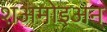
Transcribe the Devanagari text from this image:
शअमोइअन्